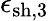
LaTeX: \epsilon_{\mathrm{sh,3}}